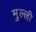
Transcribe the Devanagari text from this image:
मुल्ली